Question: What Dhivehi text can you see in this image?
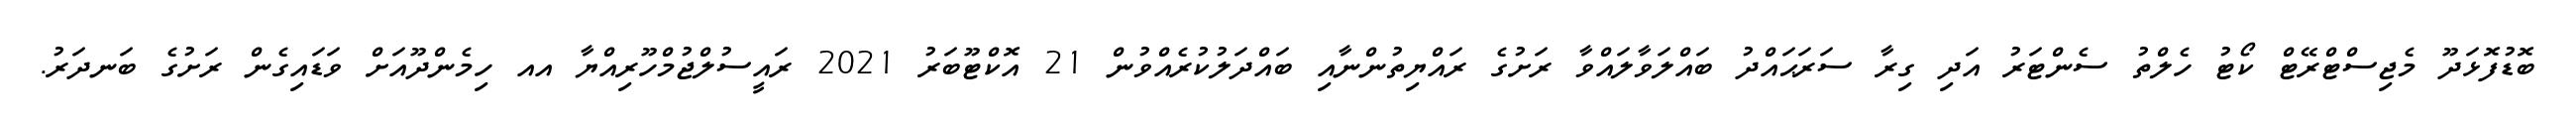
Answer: ބޮޑުފޮޅަދޫ މެޖިސްޓްރޭޓް ކޯޓު ހެލްތު ސެންޓަރު އަދި ގިރާ ސަރަޙައްދު ބައްލަވާލައްވާ ރަށުގެ ރައްޔިތުންނާއި ބައްދަލުކުރެއްވުން 21 އޮކްޓޫބަރު 2021 ރައީސުލްޖުމްހޫރިއްޔާ އއ ހިމެންދޫއަށް ވަޑައިގެން ރަށުގެ ބަނދަރު.